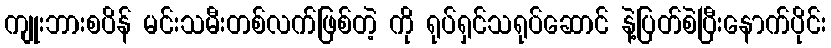
ကျုးဘားစပိန် မင်းသမီးတစ်လက်ဖြစ်တဲ့ ကို ရုပ်ရှင်သရုပ်ဆောင် နဲ့ပြတ်စဲပြီးနောက်ပိုင်း